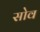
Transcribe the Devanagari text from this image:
सोव